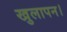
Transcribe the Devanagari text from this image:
खुलापन।